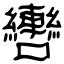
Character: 轡